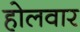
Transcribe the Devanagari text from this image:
होलवार